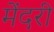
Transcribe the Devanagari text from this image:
मेंदरी